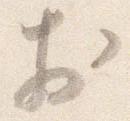
於